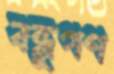
বন্ধুগণ